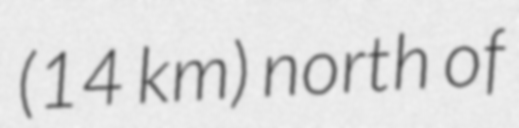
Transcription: (14 km) north of